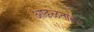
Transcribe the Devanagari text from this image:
आढळतातच